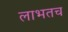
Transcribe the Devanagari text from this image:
लाभतच